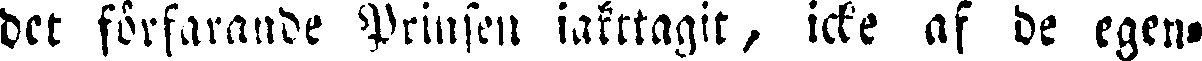
det förfarande Prinsen iakttagit, icke af de egen-